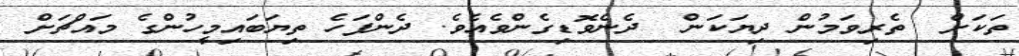
ތަކަށް  ތެރިވަމުން ދިޔަކަން  ދެނެވޮޑިގެންވެއެވެ. ދެންފަހެ ތިޔަބައިމީހުންގެ މައްޗަށް